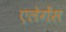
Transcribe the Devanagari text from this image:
एलेगेंस